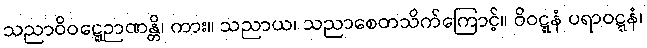
သညာဝိဝဋ္ဋေဉာဏန္တိ၊ ကား။ သညာယ၊ သညာစေတသိက်ကြောင့်။ ဝိဝဋ္ဋနံ ပရာဝဋ္ဋနံ၊